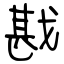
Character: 戡